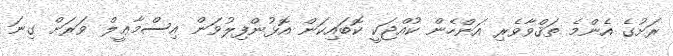
ރަށުގެ އެންމެ ތަޤްވާވެރި އަންހެން ކުއްޖަކީ ކޮބައިކަން އޮޅުންފިލުވަން އިސްމާޢީލް ވަރަށް ގިނަ